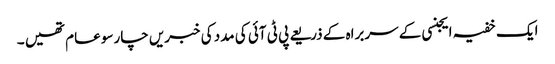
ایک خفیہ ایجنسی کے سربراہ کے ذریعے پی ٹی آئی کی مدد کی خبریں چارسو عام تھیں ۔